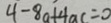
4 - 8 a + 4 a c = 0